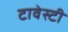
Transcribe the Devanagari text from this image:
टावेस्टी